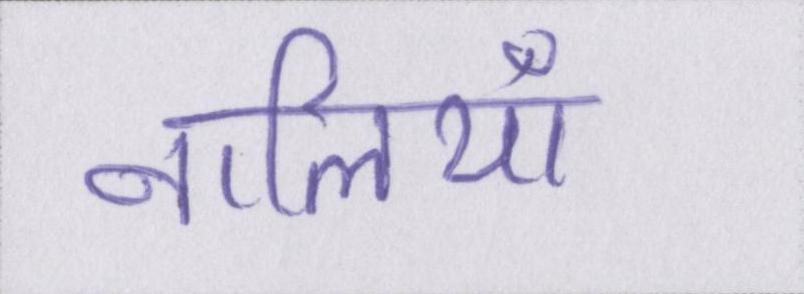
नालियाँ